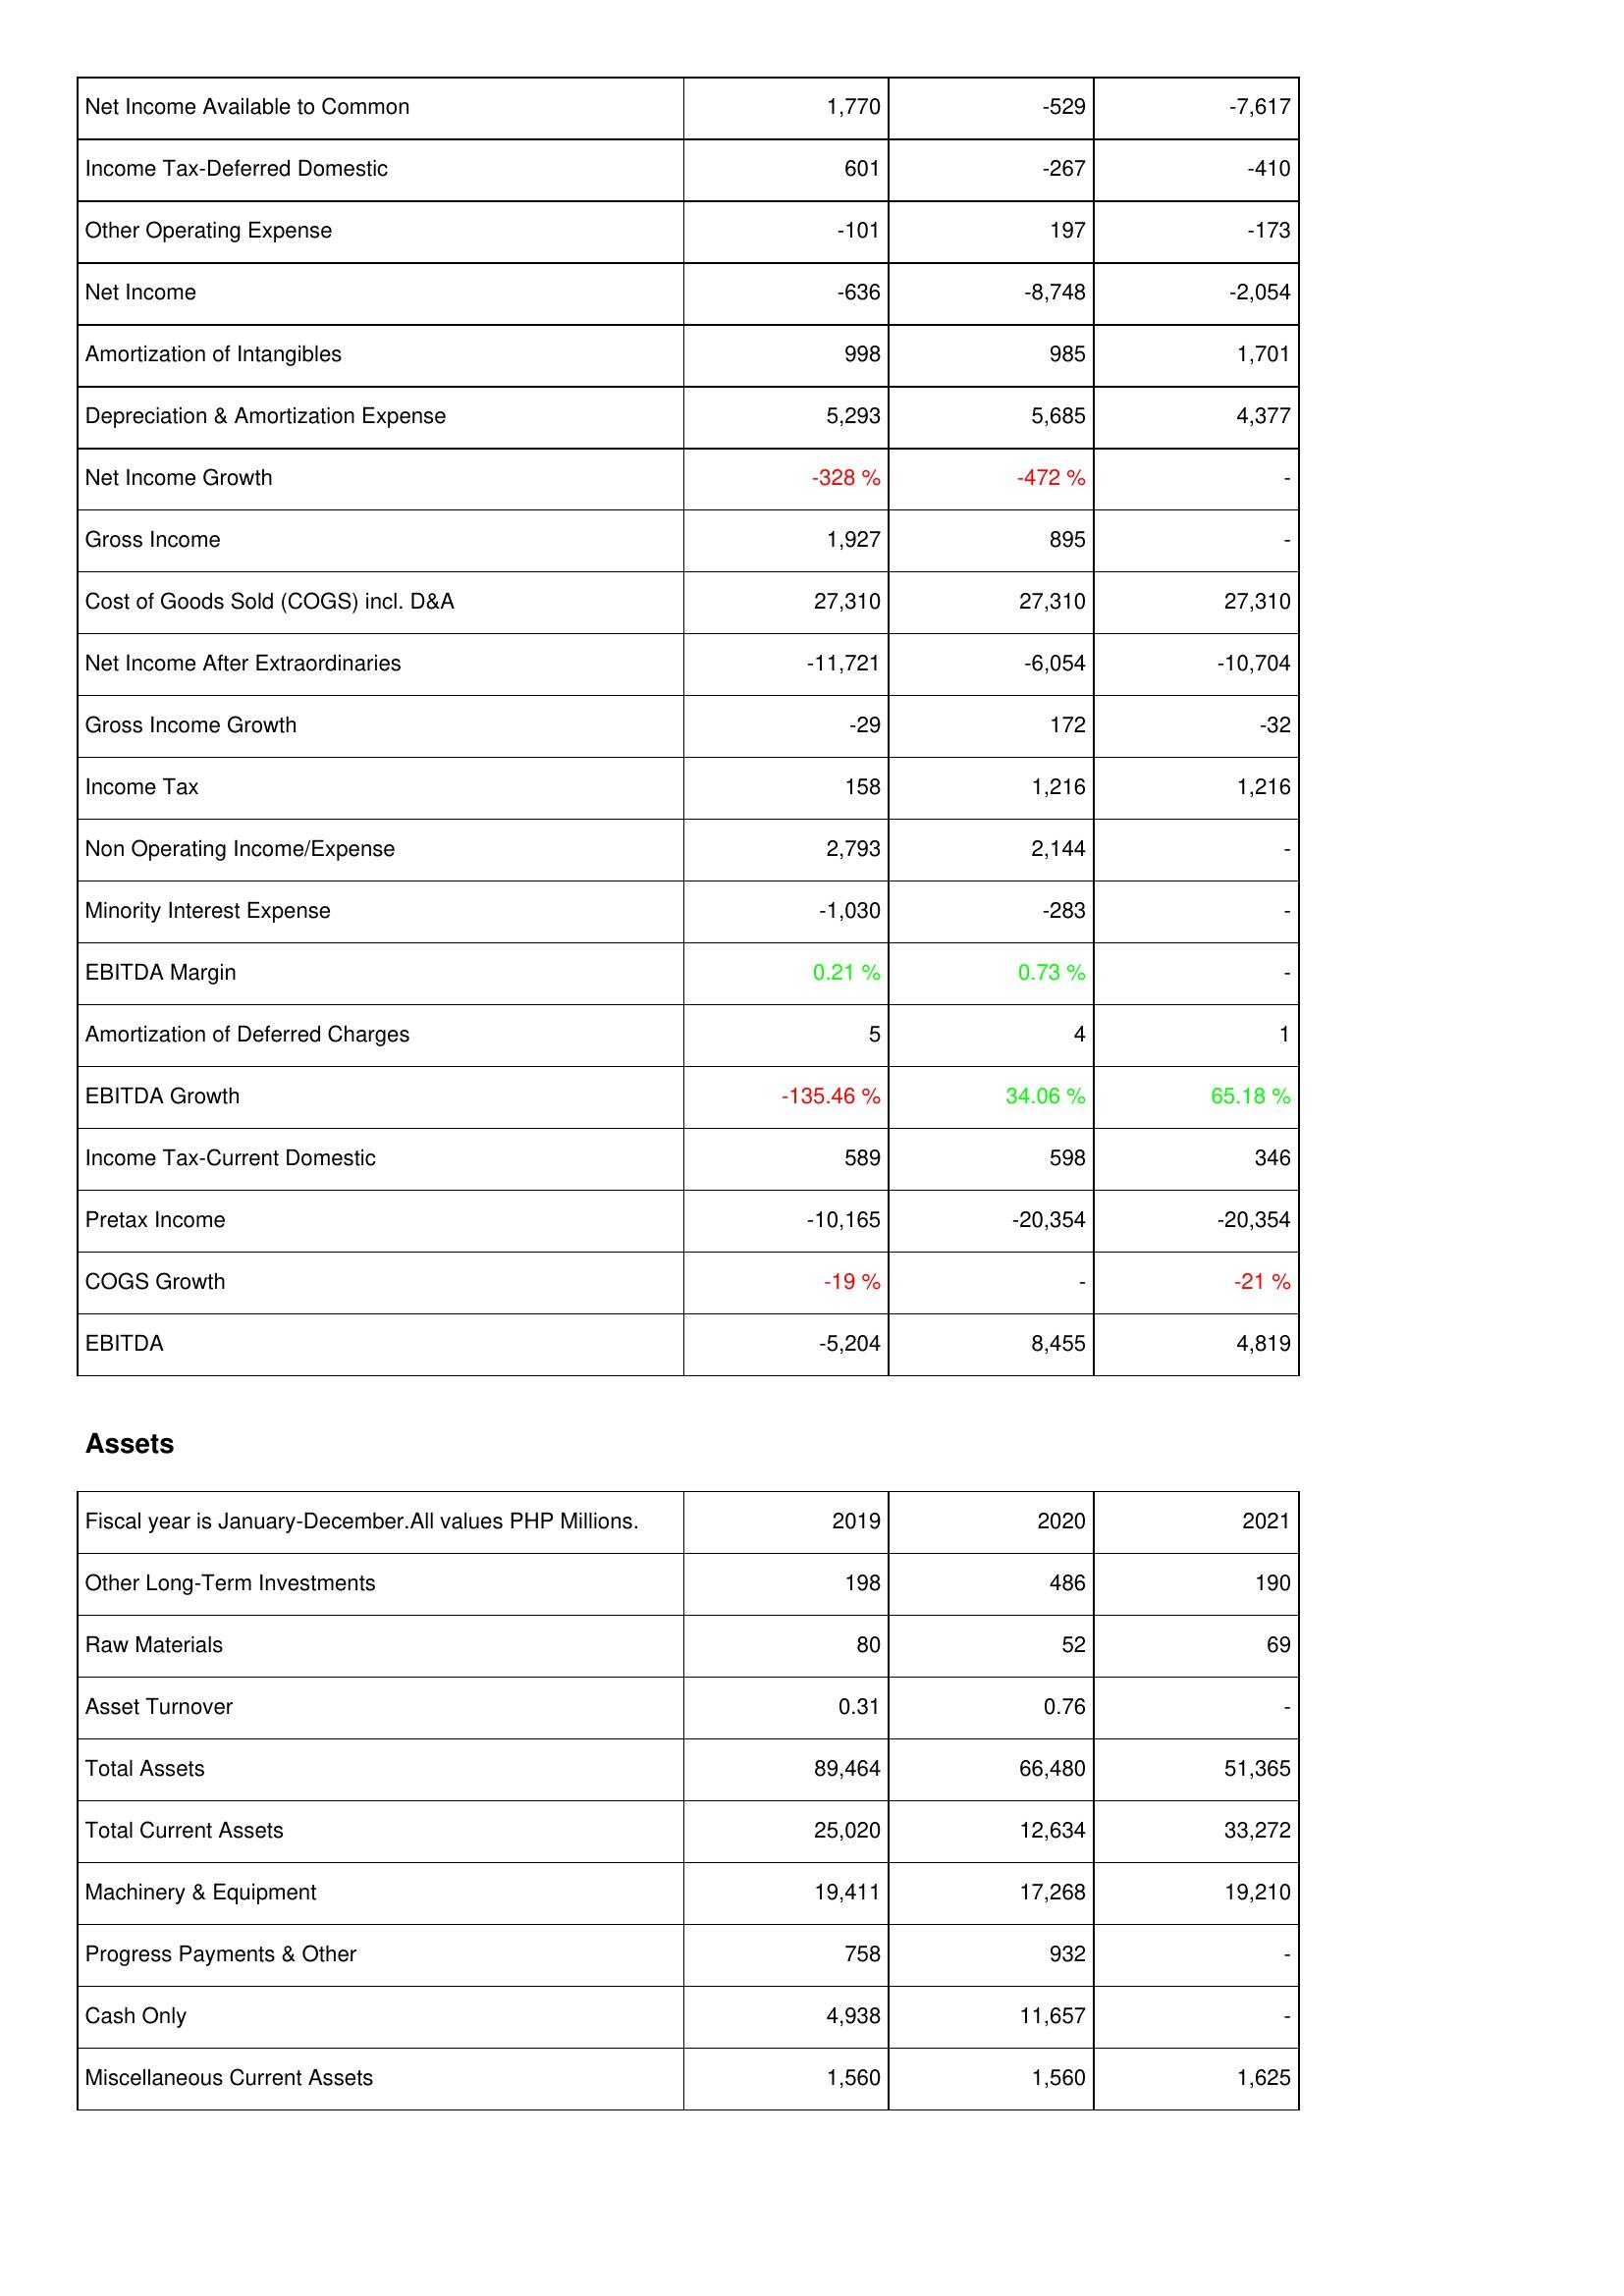
2019: Income Statement: Net Income Available to Common: 1,770
Income Tax-Deferred Domestic: 601
Other Operating Expense: -101
Net Income: -636
Amortization of Intangibles: 998
Depreciation & Amortization Expense: 5,293
Net Income Growth: -328 %
Gross Income: 1,927
Cost of Goods Sold (COGS) incl. D&A: 27,310
Net Income After Extraordinaries: -11,721
Gross Income Growth: -29
Income Tax: 158
Non Operating Income/Expense: 2,793
Minority Interest Expense: -1,030
EBITDA Margin: 0.21 %
Amortization of Deferred Charges: 5
EBITDA Growth: -135.46 %
Income Tax-Current Domestic: 589
Pretax Income: -10,165
COGS Growth: -19 %
EBITDA: -5,204
Assets: Other Long-Term Investments: 198
Raw Materials: 80
Asset Turnover: 0.31
Total Assets: 89,464
Total Current Assets: 25,020
Machinery & Equipment: 19,411
Progress Payments & Other: 758
Cash Only: 4,938
Miscellaneous Current Assets: 1,560
2020: Income Statement: Net Income Available to Common: -529
Income Tax-Deferred Domestic: -267
Other Operating Expense: 197
Net Income: -8,748
Amortization of Intangibles: 985
Depreciation & Amortization Expense: 5,685
Net Income Growth: -472 %
Gross Income: 895
Cost of Goods Sold (COGS) incl. D&A: 27,310
Net Income After Extraordinaries: -6,054
Gross Income Growth: 172
Income Tax: 1,216
Non Operating Income/Expense: 2,144
Minority Interest Expense: -283
EBITDA Margin: 0.73 %
Amortization of Deferred Charges: 4
EBITDA Growth: 34.06 %
Income Tax-Current Domestic: 598
Pretax Income: -20,354
COGS Growth: -
EBITDA: 8,455
Assets: Other Long-Term Investments: 486
Raw Materials: 52
Asset Turnover: 0.76
Total Assets: 66,480
Total Current Assets: 12,634
Machinery & Equipment: 17,268
Progress Payments & Other: 932
Cash Only: 11,657
Miscellaneous Current Assets: 1,560
2021: Income Statement: Net Income Available to Common: -7,617
Income Tax-Deferred Domestic: -410
Other Operating Expense: -173
Net Income: -2,054
Amortization of Intangibles: 1,701
Depreciation & Amortization Expense: 4,377
Net Income Growth: -
Gross Income: -
Cost of Goods Sold (COGS) incl. D&A: 27,310
Net Income After Extraordinaries: -10,704
Gross Income Growth: -32
Income Tax: 1,216
Non Operating Income/Expense: -
Minority Interest Expense: -
EBITDA Margin: -
Amortization of Deferred Charges: 1
EBITDA Growth: 65.18 %
Income Tax-Current Domestic: 346
Pretax Income: -20,354
COGS Growth: -21 %
EBITDA: 4,819
Assets: Other Long-Term Investments: 190
Raw Materials: 69
Asset Turnover: -
Total Assets: 51,365
Total Current Assets: 33,272
Machinery & Equipment: 19,210
Progress Payments & Other: -
Cash Only: -
Miscellaneous Current Assets: 1,625